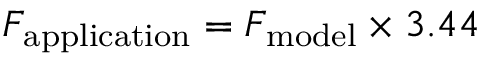
F _ { \mathrm { a p p l i c a t i o n } } = F _ { \mathrm { m o d e l } } \times 3 . 4 4